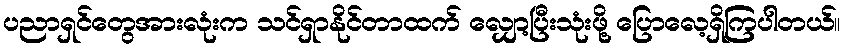
ပညာရှင်တွေအားလုံးက သင်ရှာနိုင်တာထက် လျှော့ပြီးသုံးဖို့ ပြောလေ့ရှိကြပါတယ်။